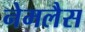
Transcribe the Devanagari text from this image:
नेमलैस